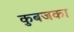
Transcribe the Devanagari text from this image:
कुबजका